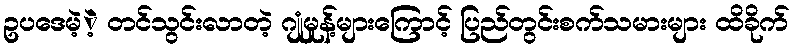
ဥပဒေမဲ့ဲ့ တင်သွင်းလာတဲ့ ဂျုံမှုန့်များကြောင့် ပြည်တွင်းစက်သမားများ ထိခိုက်